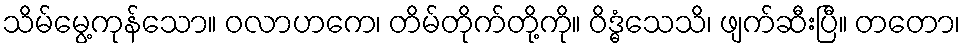
သိမ်မွေ့ကုန်သော။ ဝလာဟကေ၊ တိမ်တိုက်တို့ကို။ ဝိဒ္ဓံသေသိ၊ ဖျက်ဆီးပြီ။ တတော၊